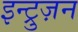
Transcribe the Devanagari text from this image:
इन्ट्रुज़न